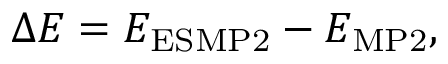
\begin{array} { r } { \Delta E = E _ { \mathrm { E S M P 2 } } - E _ { \mathrm { M P 2 } } , } \end{array}